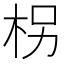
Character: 柺